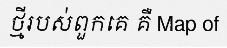
ថ្មីរបស់ពួកគេ គឺ Map of